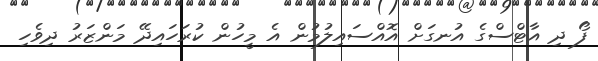
ފޯ ދި އާޓްސްގެ އުނގަށް އޮއްސައިލުމުން އެ މީހުން ކުރަހައިދޭ މަންޒަރު ދިވެހި